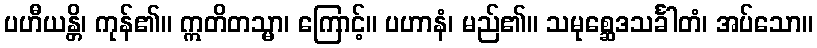
ပဟီယန္တိ၊ ကုန်၏။ ဣတိတသ္မာ၊ ကြောင့်။ ပဟာနံ၊ မည်၏။ သမုစ္ဆေဒသင်္ခါတံ၊ အပ်သော။